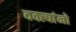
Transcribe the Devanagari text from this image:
वक्त्यांनो